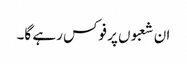
ان شعبوں پر فوکس رہے گا۔